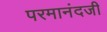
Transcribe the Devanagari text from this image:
परमानंदजी